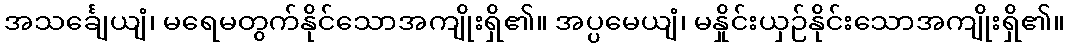
အသင်္ချေယျံ၊ မရေမတွက်နိုင်သောအကျိုးရှိ၏။ အပ္ပမေယျံ၊ မနှိုင်းယှဉ်နိုင်းသောအကျိုးရှိ၏။